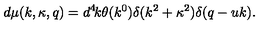
d \mu ( k , \kappa , q ) = d ^ { 4 } \! k \theta ( k ^ { 0 } ) \delta ( k ^ { 2 } + \kappa ^ { 2 } ) \delta ( q - u k ) .